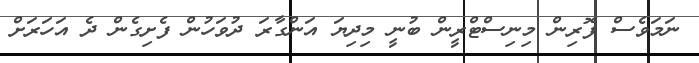
ނަމަވެސް ފޮރިން މިނިސްޓްރީން ބުނީ މިދިޔަ އަންގާރަ ދުވަހުން ފެށިގެން ދެ އަހަރަށް